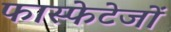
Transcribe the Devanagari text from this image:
फास्फेटेजों